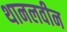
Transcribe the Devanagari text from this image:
थानलवीन